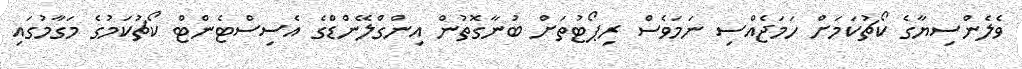
ވެލެންސިޔާގެ ކޯޗުކަމަށް ހަމަޖެއްސި ނަމަވެސް ރިޕޯޓުތަށް ބުނާގޮތުން އިންގްލޭންޑްގެ އެސިސްޓެންޓް ކޯޗުކަމުގެ މަގާމުގައި